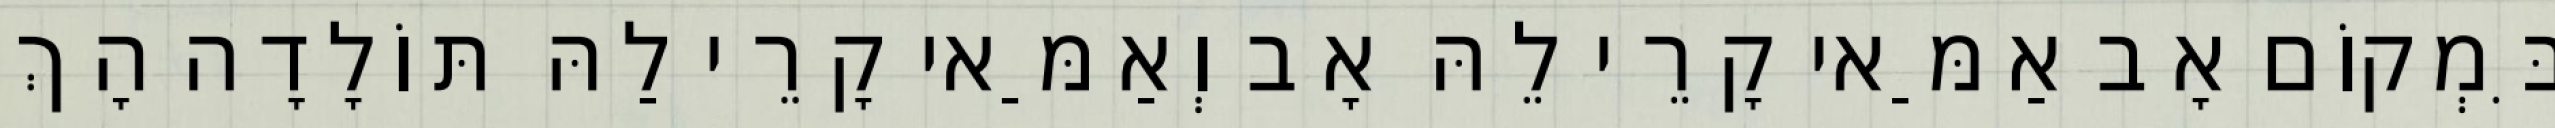
בִּמְקוֹם אָב אַמַּאי קָרֵי לֵהּ אָב וְאַמַּאי קָרֵי לַהּ תּוֹלָדָה הָךְ